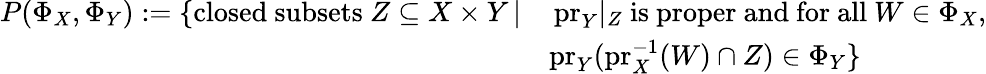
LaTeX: \begin{array}{rl}{P(\Phi_{X},\Phi_{Y}):=\{ \mathrm{closed~subsets~}Z\subseteq X\times Y\, |}&{\, \mathrm{pr}_{Y}|_{Z}\mathrm{~is~proper~and~for~all~}W\in\Phi_{X},}\\ &{\mathrm{pr}_{Y}(\mathrm{pr}_{X}^{-1}(W)\cap Z)\in\Phi_{Y}\} }\end{array}